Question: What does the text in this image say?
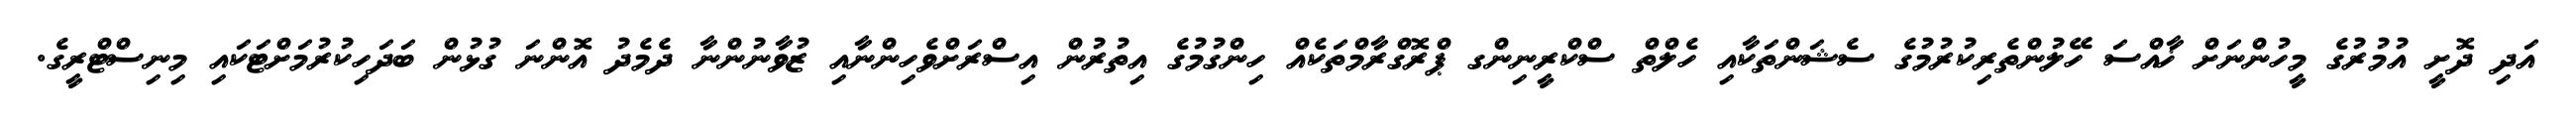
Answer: އަދި ދޮށީ އުމުރުގެ މީހުންނަށް ޚާއްސަ ހޭލުންތެރިކުރުމުގެ ސެޝަންތަކާއި ހެލްތް ސްކްރީނިންގ ޕްރޮގްރާމްތަކެއް ހިންގުމުގެ އިތުރުން އިސްރަށްވެހިންނާއި ޒުވާނުންނާ ދެމެދު އޮންނަ ގުޅުން ބަދަހިކުރުމަށްޓަކައި މިނިސްޓްރީގެ.